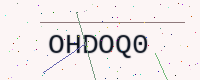
Text: OHDOQ0